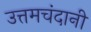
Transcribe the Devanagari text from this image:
उत्तमचंदानी